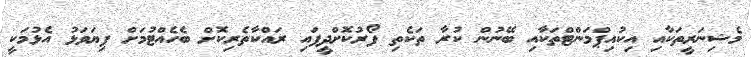
މެޝިނަރީތަކާއި އިކުއިޕްމަންޓްތަކާއި ބޭނުން ކުރާ ތަކެތި ފޯރުކޮށްދީފައި ރައްކާތެރިކޮށް ބެހެއްޓުމަށް ފިޔަވަޅު އެޅުމަކީ